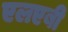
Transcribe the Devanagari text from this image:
एलएबी